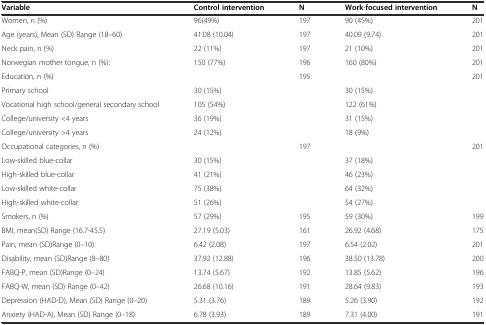
<table><thead><tr><td><b>Variable</b></td><td><b>Control intervention</b></td><td><b>N</b></td><td><b>Work-focused intervention</b></td><td><b>N</b></td></tr></thead><tbody><tr><td>Women, n (%)</td><td>96(49%)</td><td>197</td><td>90 (45%)</td><td>201</td></tr><tr><td>Age (years), Mean (SD) Range (18–60)</td><td>41.08 (10.04)</td><td>197</td><td>40.09 (9.74)</td><td>201</td></tr><tr><td>Neck pain, n (%)</td><td>22 (11%)</td><td>197</td><td>21 (10%)</td><td>201</td></tr><tr><td>Norwegian mother tongue, n (%):</td><td>150 (77%)</td><td>196</td><td>160 (80%)</td><td>201</td></tr><tr><td>Education, n (%)</td><td></td><td>195</td><td></td><td>201</td></tr><tr><td>Primary school</td><td>30 (15%)</td><td></td><td>30 (15%)</td><td></td></tr><tr><td>Vocational high school/general secondary school</td><td>105 (54%)</td><td></td><td>122 (61%)</td><td></td></tr><tr><td>College/university &lt;4 years</td><td>36 (19%)</td><td></td><td>31 (15%)</td><td></td></tr><tr><td>College/university &gt;4 years</td><td>24 (12%)</td><td></td><td>18 (9%)</td><td></td></tr><tr><td>Occupational categories, n (%)</td><td></td><td>197</td><td></td><td>201</td></tr><tr><td>Low-skilled blue-collar</td><td>30 (15%)</td><td></td><td>37 (18%)</td><td></td></tr><tr><td>High-skilled blue-collar</td><td>41 (21%)</td><td></td><td>46 (23%)</td><td></td></tr><tr><td>Low-skilled white-collar</td><td>75 (38%)</td><td></td><td>64 (32%)</td><td></td></tr><tr><td>High-skilled white-collar</td><td>51 (26%)</td><td></td><td>54 (27%)</td><td></td></tr><tr><td>Smokers, n (%)</td><td>57 (29%)</td><td>195</td><td>59 (30%)</td><td>199</td></tr><tr><td>BMI, mean(SD) Range (16.7-45.5)</td><td>27.19 (5.03)</td><td>161</td><td>26.92 (4.68)</td><td>175</td></tr><tr><td>Pain, mean (SD)Range (0–10)</td><td>6.42 (2.08)</td><td>197</td><td>6.54 (2.02)</td><td>201</td></tr><tr><td>Disability, mean (SD)Range (8–80)</td><td>37.92 (12.88)</td><td>196</td><td>38.50 (13.78)</td><td>200</td></tr><tr><td>FABQ-P, mean (SD)Range (0–24)</td><td>13.74 (5.67)</td><td>192</td><td>13.85 (5.62)</td><td>196</td></tr><tr><td>FABQ-W, mean (SD) Range (0–42)</td><td>26.68 (10.16)</td><td>191</td><td>28.64 (9.83)</td><td>193</td></tr><tr><td>Depression (HAD-D), Mean (SD) Range (0–20)</td><td>5.31 (3.76)</td><td>189</td><td>5.26 (3.90)</td><td>192</td></tr><tr><td>Anxiety (HAD-A), Mean (SD) Range (0–18)</td><td>6.78 (3.93)</td><td>189</td><td>7.31 (4.00)</td><td>191</td></tr></tbody></table>